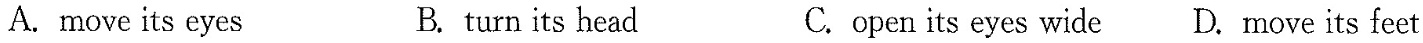
A.move its eyes B.turn its head C.open its eyes wide D.move its feet